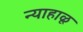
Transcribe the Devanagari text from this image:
न्याहाळू